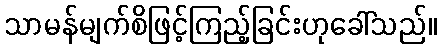
သာမန်မျက်စိဖြင့်ကြည့်ခြင်းဟုခေါ်သည်။